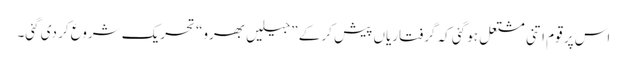
اس پر قوم اتنی مشتعل ہو گئی کہ گرفتاریاں پیش کر کے ”جیلیں بھرو“ تحریک شروع کر دی گئی۔